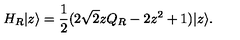
H _ { R } | z \rangle = \frac { 1 } { 2 } ( 2 \sqrt { 2 } z Q _ { R } - 2 z ^ { 2 } + 1 ) | z \rangle .